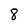
Character: 8